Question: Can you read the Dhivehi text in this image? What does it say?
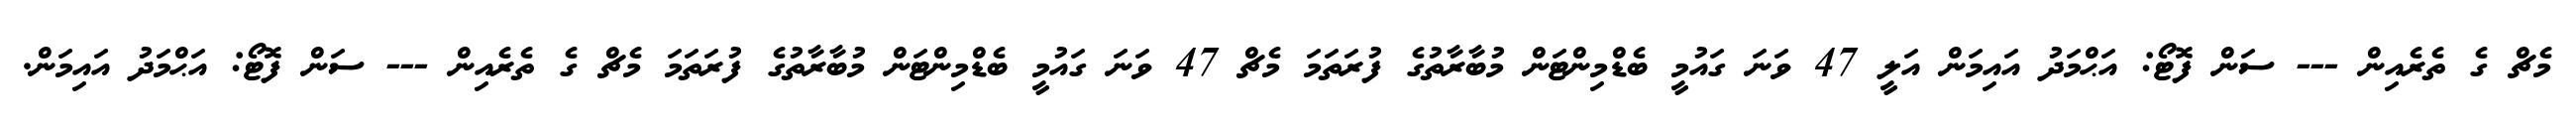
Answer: މެޗް ގެ ތެރެއިން --- ސަން ފޮޓޯ: އަޙްމަދު އައިމަން އަލީ 47 ވަނަ ގައުމީ ބެޑްމިންޓަން މުބާރާތުގެ ފުރަތަމަ މެޗް 47 ވަނަ ގައުމީ ބެޑްމިންޓަން މުބާރާތުގެ ފުރަތަމަ މެޗް ގެ ތެރެއިން --- ސަން ފޮޓޯ: އަޙްމަދު އައިމަން.